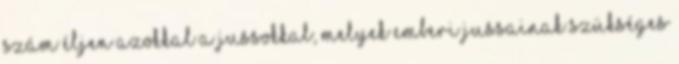
szám éljen azokkal a jussokkal, melyek emberi jussainak szükséges